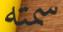
سمته